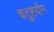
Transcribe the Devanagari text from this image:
चतुष्टयीम